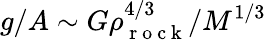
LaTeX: g/A\sim G\rho_{\mathrm{~r~o~c~k~}}^{4/3}/M^{1/3}